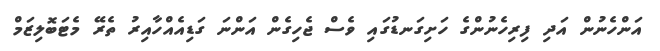
އަންހެނުން އަދި ފިރިހެނުންގެ ހަށިގަނޑުގައި ވެސް ޖެހިގެން އަންނަ ގަޑިއެއްހާއިރު ތެރޭ މެޓަބޮލިޒަމް